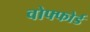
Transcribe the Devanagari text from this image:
वोफ्फोर्ड